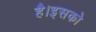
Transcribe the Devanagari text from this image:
है।इसको